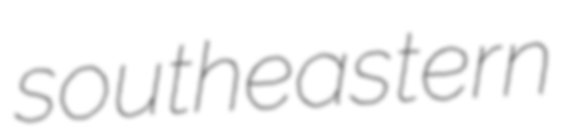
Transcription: southeastern